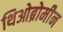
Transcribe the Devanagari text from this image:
थिओब्रोमीन